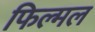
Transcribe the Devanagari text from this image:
फिल्मल